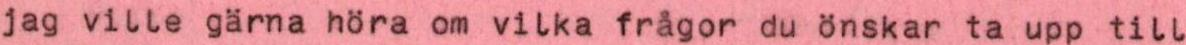
jag ville gärna höra om vilka frågor du önskar ta upp till